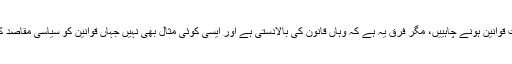
انہوں نے کہا: ’امریکہ اور برطانیہ کی طرح یہاں بھی سخت قوانین ہونے چاہییں، مگر فرق یہ ہے کہ وہاں قانون کی بالادستی ہے اور ایسی کوئی مثال بھی نہیں جہاں قوانین کو سیاسی مقاصد کے لیے استعمال کیا گیا ہو مگر بدقسمتی سے یہاں ایسا نہیں۔